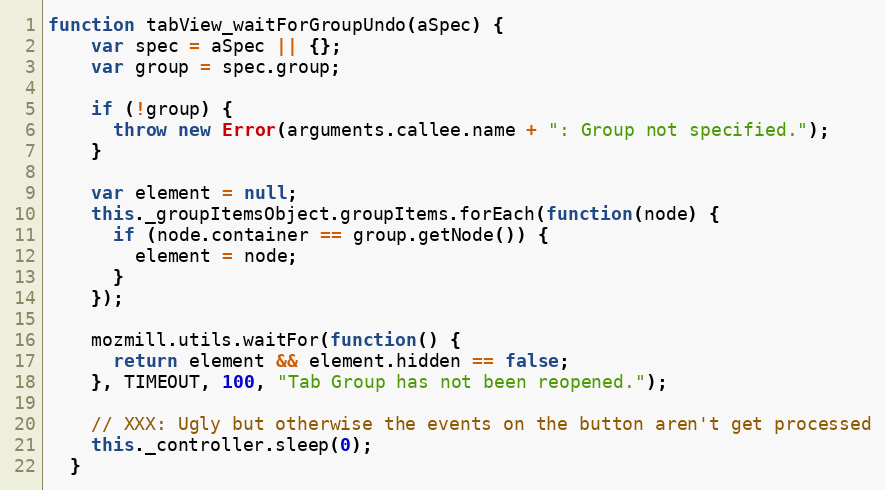
Language: JavaScript
function tabView_waitForGroupUndo(aSpec) {
    var spec = aSpec || {};
    var group = spec.group;

    if (!group) {
      throw new Error(arguments.callee.name + ": Group not specified.");
    }

    var element = null;
    this._groupItemsObject.groupItems.forEach(function(node) {
      if (node.container == group.getNode()) {
        element = node;
      }
    });

    mozmill.utils.waitFor(function() {
      return element && element.hidden == false;
    }, TIMEOUT, 100, "Tab Group has not been reopened.");

    // XXX: Ugly but otherwise the events on the button aren't get processed
    this._controller.sleep(0);
  }